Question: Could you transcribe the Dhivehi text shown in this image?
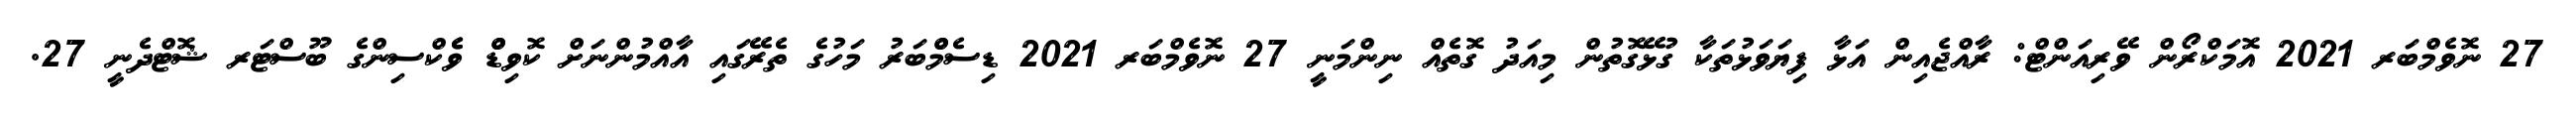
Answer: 27 ނޮވެމްބަރ 2021 އޮމަކްރޯން ވޭރިއަންޓް: ރާއްޖެއިން އަޅާ ފިޔަވަޅުތަކާ ގުޅޭގޮތުން މިއަދު ގޮތެއް ނިންމަނީ 27 ނޮވެމްބަރ 2021 ޑިސެމްްބަރު މަހުގެ ތެރޭގައި އާއްމުންނަށް ކޮވިޑްް ވެެކްސިންގެ ބޫސްޓަރ ޝޮޓްދެނީ 27.